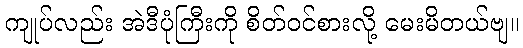
ကျုပ်လည်း အဲဒီပုံကြီးကို စိတ်ဝင်စားလို့ မေးမိတယ်ဗျ။